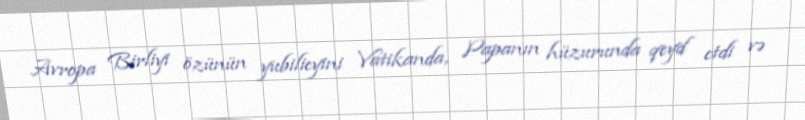
Avropa Birliyi özünün yubilieyini Vatikanda, Papanın hüzurunda qeyd etdi və